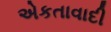
એકતાવાદી